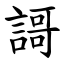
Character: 謌